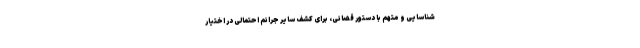
شناسایی و متهم با دستور قضائی، برای کشف سایر جرائم احتمالی در اختیار